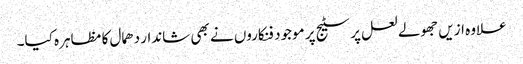
علاوہ ازیں جھولے لعل پر سٹیج پر موجود فنکاروں نے بھی شاندار دھمال کا مظاہرہ کیا۔